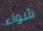
شواء